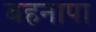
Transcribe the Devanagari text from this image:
बहनापा